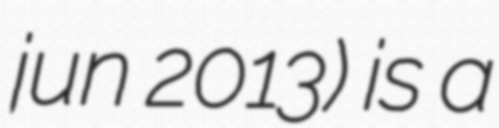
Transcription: jun 2013) is a